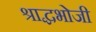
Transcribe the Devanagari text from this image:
श्राद्धभोजी